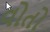
વોતો